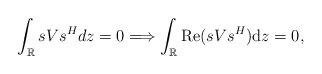
LaTeX: \begin{align*} \int_{\mathbb{R}}sVs^{H} dz=0 \Longrightarrow \int_{\mathbb{R}}{\rm Re} (sVs^{H} ) \mathrm{d}z=0,\end{align*}